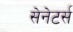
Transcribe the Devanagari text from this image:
सेनेटर्स